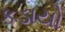
કડાયો